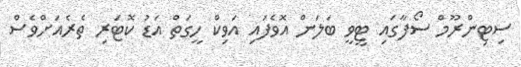
ސިޓިންރޫމް ސޯފާގައި ޓީވީ ބަލަން އޮވެފައި އަވިކް ހީގަތް އަޑު ކޮޓަރި ތެރެއަށްވެސް